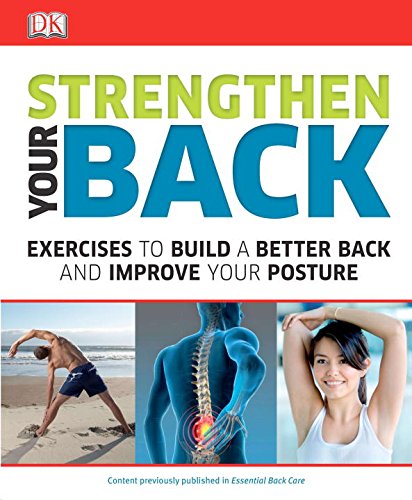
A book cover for Strengthen Your Back; DK Publishing; Health, Fitness & Dieting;